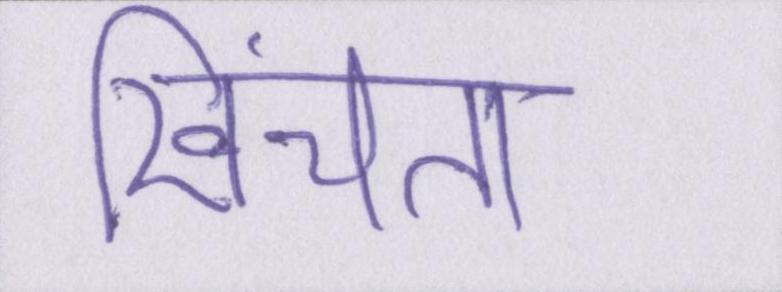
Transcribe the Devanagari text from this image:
खिंचता